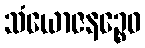
သံယောဇနဉ္စေဝ